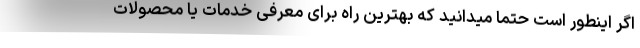
اگر اینطور است حتما میدانید که بهترین راه برای معرفی خدمات یا محصولات